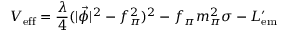
{ V } _ { \mathrm { e f f } } = { \frac { \lambda } { 4 } } ( | \vec { \phi } | ^ { 2 } - f _ { \pi } ^ { 2 } ) ^ { 2 } - f _ { \pi } m _ { \pi } ^ { 2 } \sigma - { \cal L } _ { \mathrm { e m } } ^ { \prime }